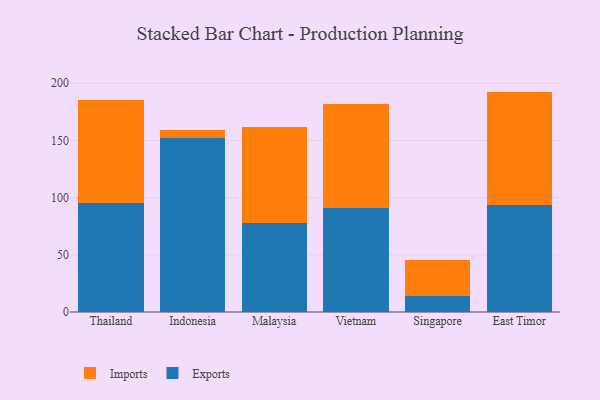
{"axis": {"x": "Country", "y": "Tickets Resolved"}, "legend": ["Exports", "Imports"], "data": [{"x": "Thailand", "y": 95.6, "type": "Exports"}, {"x": "Thailand", "y": 89.9, "type": "Imports"}, {"x": "Indonesia", "y": 152.1, "type": "Exports"}, {"x": "Indonesia", "y": 6.6, "type": "Imports"}, {"x": "Malaysia", "y": 78.0, "type": "Exports"}, {"x": "Malaysia", "y": 83.4, "type": "Imports"}, {"x": "Vietnam", "y": 90.5, "type": "Exports"}, {"x": "Vietnam", "y": 91.2, "type": "Imports"}, {"x": "Singapore", "y": 14.4, "type": "Exports"}, {"x": "Singapore", "y": 30.9, "type": "Imports"}, {"x": "East Timor", "y": 93.9, "type": "Exports"}, {"x": "East Timor", "y": 98.8, "type": "Imports"}]}